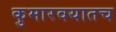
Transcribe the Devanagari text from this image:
कुमारवयातच